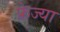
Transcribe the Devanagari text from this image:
फ्रेज्या